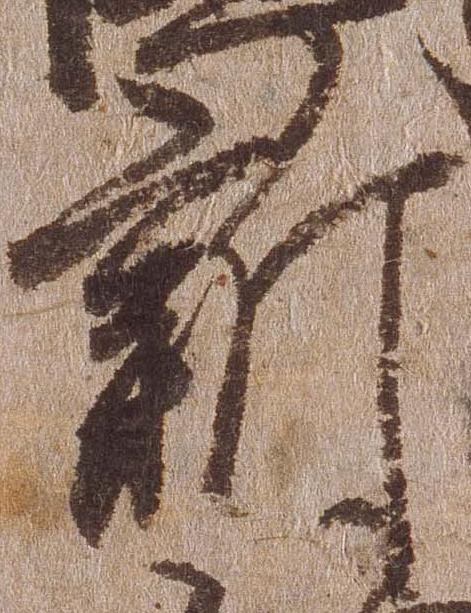
新